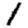
Digit: 1